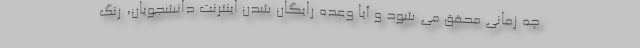
چه زمانی محقق می شود و آیا وعده رایگان شدن اینترنت دانشجویان، رنگ